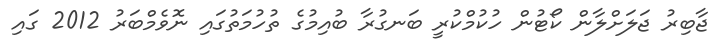
ޖާބިރު ޖަލަށްލާން ކޯޓުން ހުކުމްކުރީ ބަނގުރާ ބުއިމުގެ ތުހުމަތުގައި ނޮވެމްބަރު 2012 ގައި